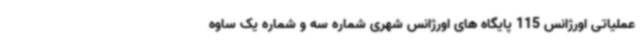
عملیاتی اورژانس 115 پایگاه های اورژانس شهری شماره سه و شماره یک ساوه